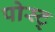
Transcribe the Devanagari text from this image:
पोस्ट्